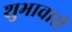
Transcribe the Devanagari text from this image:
शुभावारी